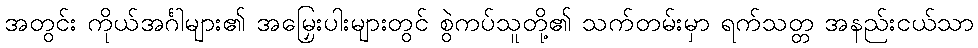
အတွင်း ကိုယ်အင်္ဂါများ၏ အမြှေးပါးများတွင် စွဲကပ်သူတို့၏ သက်တမ်းမှာ ရက်သတ္တ အနည်းငယ်သာ